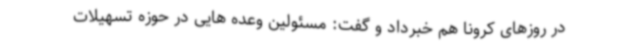
در روزهای کرونا هم خبرداد و گفت: مسئولین وعده هایی در حوزه تسهیلات